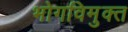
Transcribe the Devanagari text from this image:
भोगविमुक्त